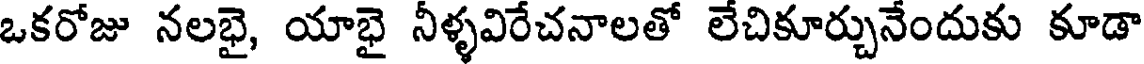
ఒకరోజు నలభై, యాభై నీళ్ళవిరేచనాలతో లేచికూర్చునేందుకు కూడా